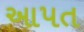
આપત